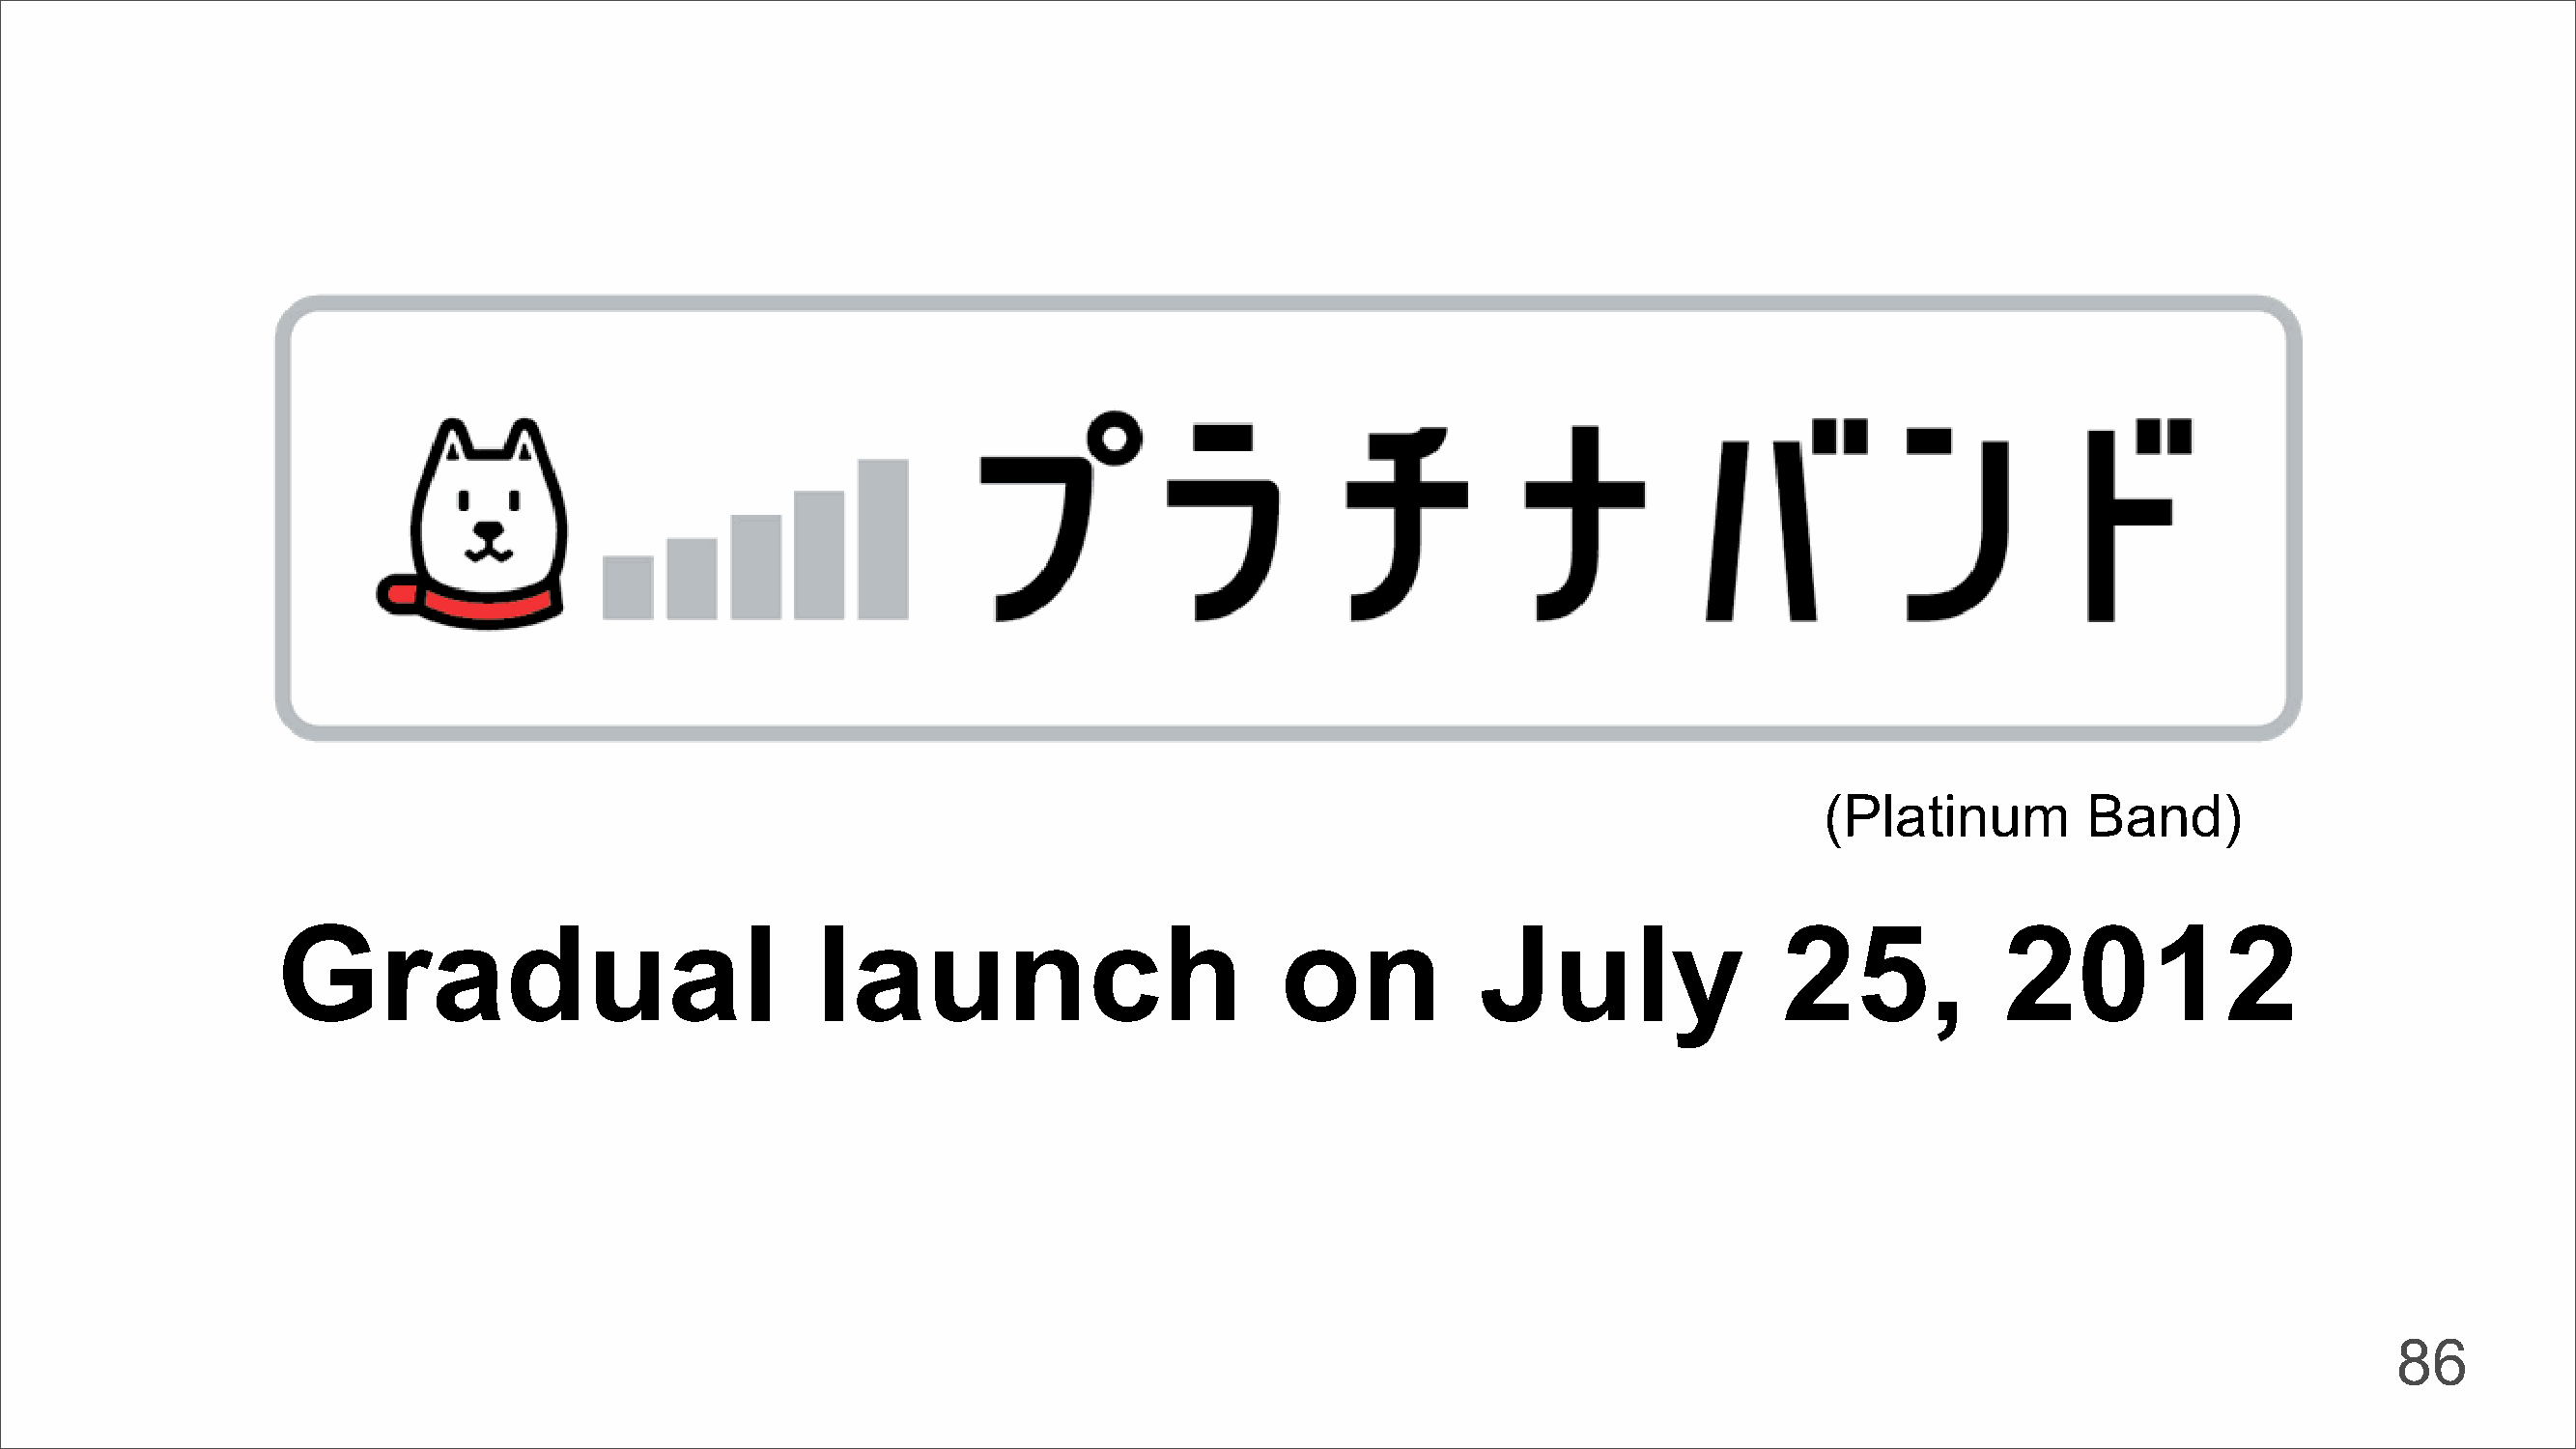
(Platinum         Band)
 Gradual                              launch                          on           July                 25,            2012
 86